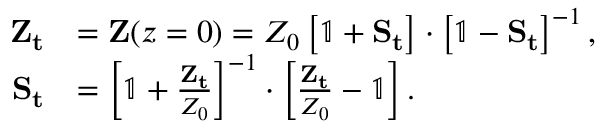
\begin{array} { r l } { \mathbf { Z _ { t } } } & { = \mathbf { Z } ( z = 0 ) = Z _ { 0 } \left[ \mathbb { 1 } + \mathbf { S _ { t } } \right] \cdot \left[ \mathbb { 1 } - \mathbf { S _ { t } } \right] ^ { - 1 } , } \\ { \mathbf { S _ { t } } } & { = \left[ \mathbb { 1 } + \frac { \mathbf { Z _ { t } } } { Z _ { 0 } } \right] ^ { - 1 } \cdot \left[ \frac { \mathbf { Z _ { t } } } { Z _ { 0 } } - \mathbb { 1 } \right] . } \end{array}